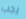
يجب